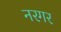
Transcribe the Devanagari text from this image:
नरगर